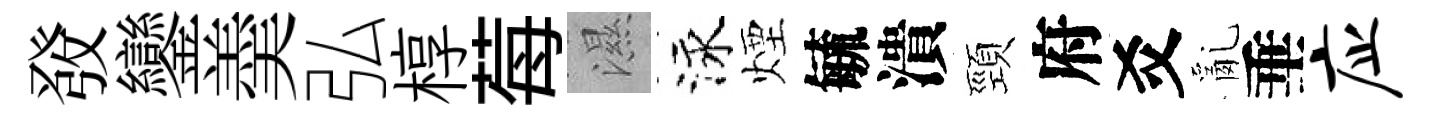
𤼲鑾羮弘椁莓濕泳煙毓潰頸府爻亂垂应